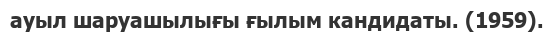
ауыл шаруашылығы ғылым кандидаты. (1959).